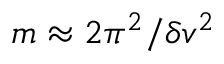
m \approx 2 \pi ^ { 2 } / \delta v ^ { 2 }